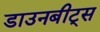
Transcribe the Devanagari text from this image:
डाउनबीट्स